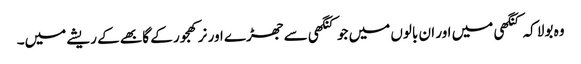
وہ بولا کہ کنگھی میں اور ان بالوں میں جو کنگھی سے جھڑے اور نر کھجور کے گابھے کے ریشے میں۔